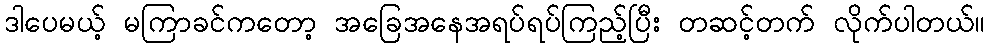
ဒါပေမယ့် မကြာခင်ကတော့ အခြေအနေအရပ်ရပ်ကြည့်ပြီး တဆင့်တက် လိုက်ပါတယ်။